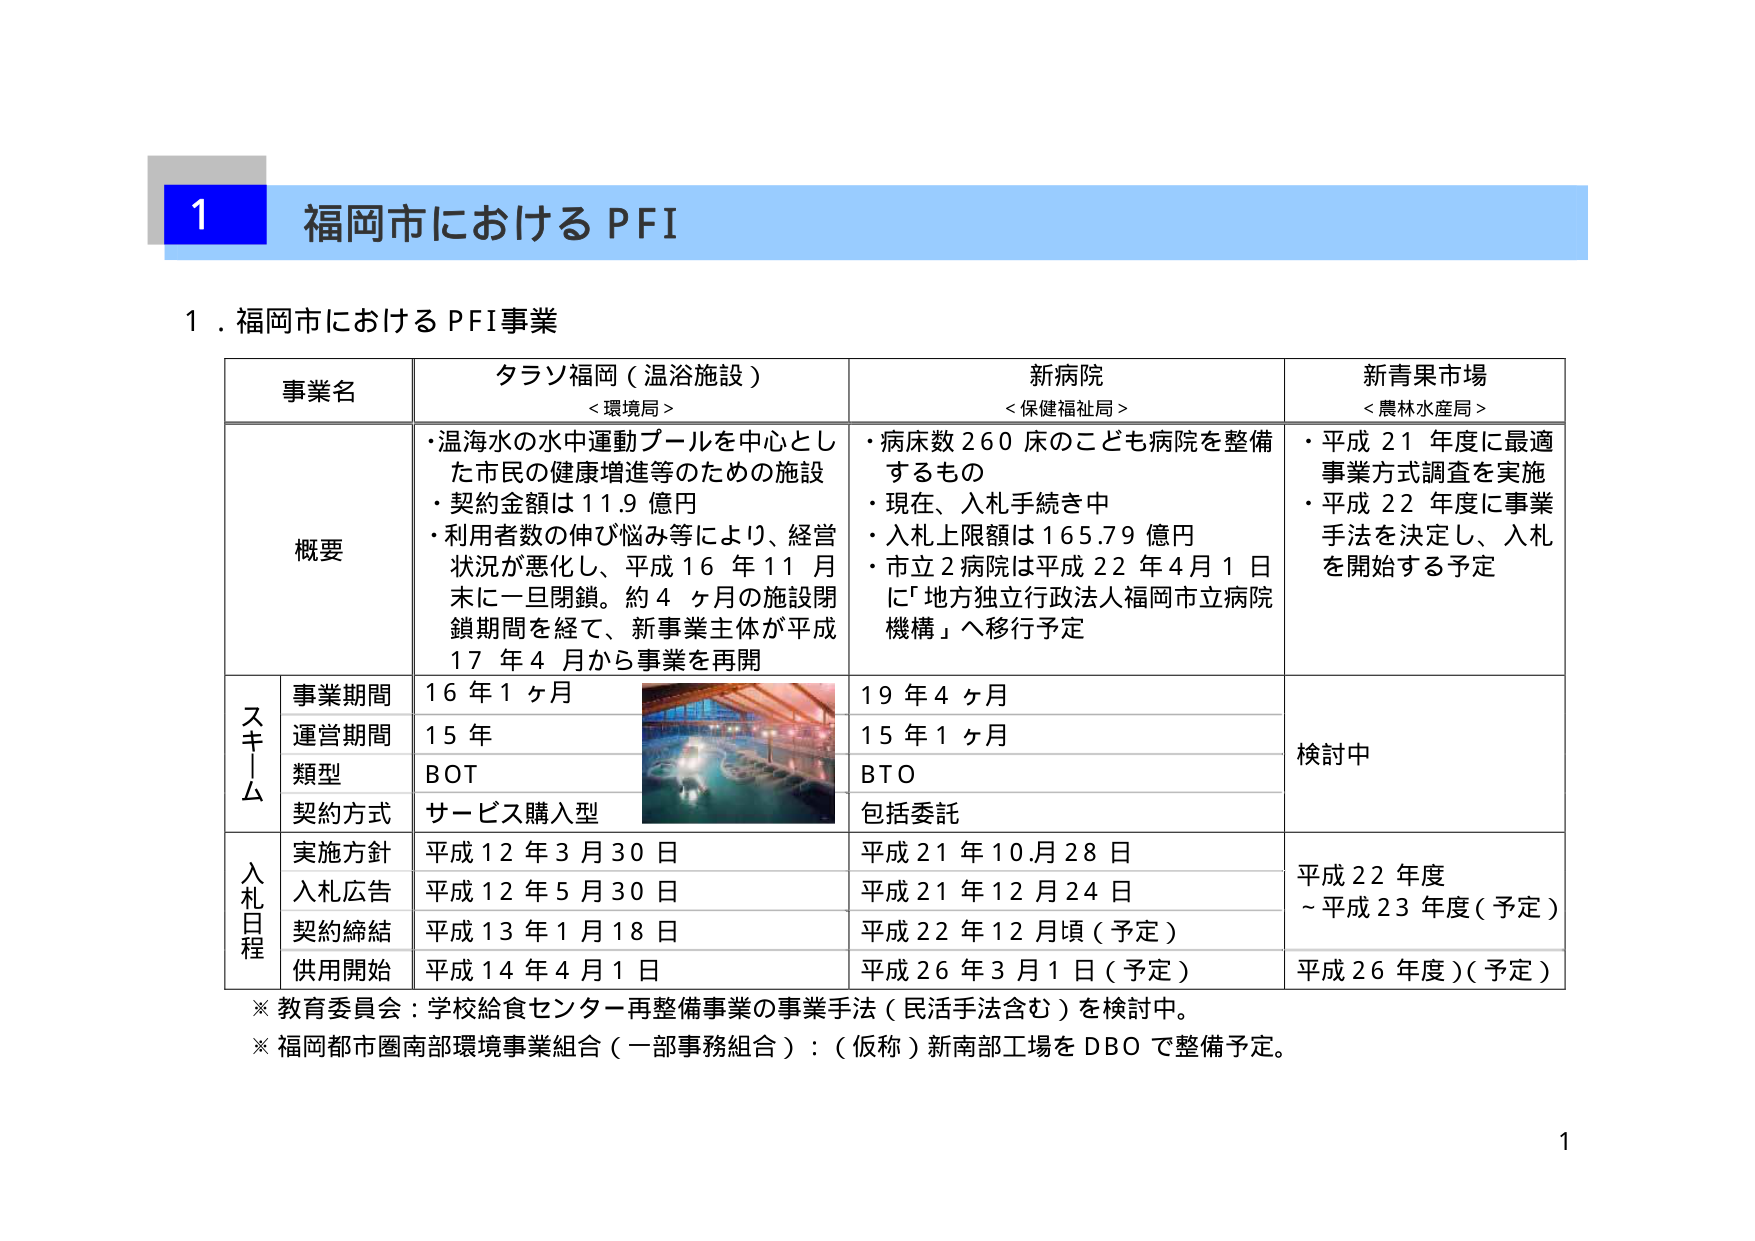
1 福岡市における PFI

1．福岡市における PFI事業

事業名 タラソ福岡（温浴施設） <環境局> 新病院 <保健福祉局> 新青果市場 <農林水産局>

概要
・温海水の水中運動プールを中心とした市民の健康増進等のための施設
・契約金額は11.9億円
・利用者数の伸び悩み等により、経営状況が悪化し、平成16年11月末に一旦閉鎖。約4ヶ月の施設閉鎖期間を経て、新事業主体が平成17年4月から事業を再開

・病床数260床のこども病院を整備するもの
・現在、入札手続き中
・入札上限額は165.79億円
・市立2病院は平成22年4月1日に「地方独立行政法人福岡市立病院機構」へ移行予定

・平成21年度に最適事業方式調査を実施
・平成22年度に事業手法を決定し、入札を開始する予定

ス キ ー ム
事業期間 16年1ヶ月 19年4ヶ月 検討中
運営期間 15年 15年1ヶ月
類型 BOT BTO
契約方式 サービス購入型 包括委託

入 札 日 程
実施方針 平成12年3月30日 平成21年10月28日 平成22年度～平成23年度（予定）
入札広告 平成12年5月30日 平成21年12月24日
契約締結 平成13年1月18日 平成22年12月頃（予定）
供用開始 平成14年4月1日 平成26年3月1日（予定） 平成26年度（予定）

※教育委員会：学校給食センター再整備事業の事業手法（民活手法含む）を検討中。
※福岡都市圏南部環境事業組合（一部事務組合）：（仮称）新南部工場をDBOで整備予定。

1